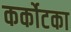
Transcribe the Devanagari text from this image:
कर्कोटका